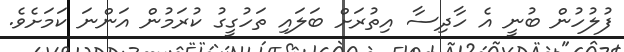
ފުލުހުން ބުނީ އެ ހާދިސާ އިތުރަށް ބަލައި ތަހުގީގު ކުރަމުން އަންނަ ކަމަށެވެ.